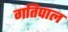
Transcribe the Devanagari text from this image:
गतिपाल